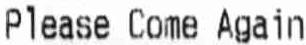
PLEASE COME AGAIN